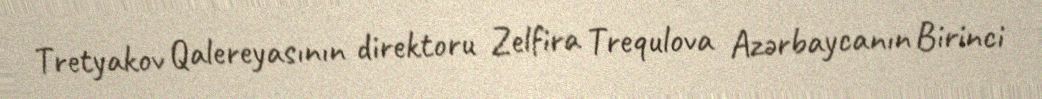
Tretyakov Qalereyasının direktoru Zelfira Trequlova Azərbaycanın Birinci